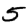
Digit: 5